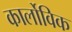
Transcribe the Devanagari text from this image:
कार्लोविक